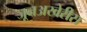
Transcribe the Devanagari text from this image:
जूनअखेरीस